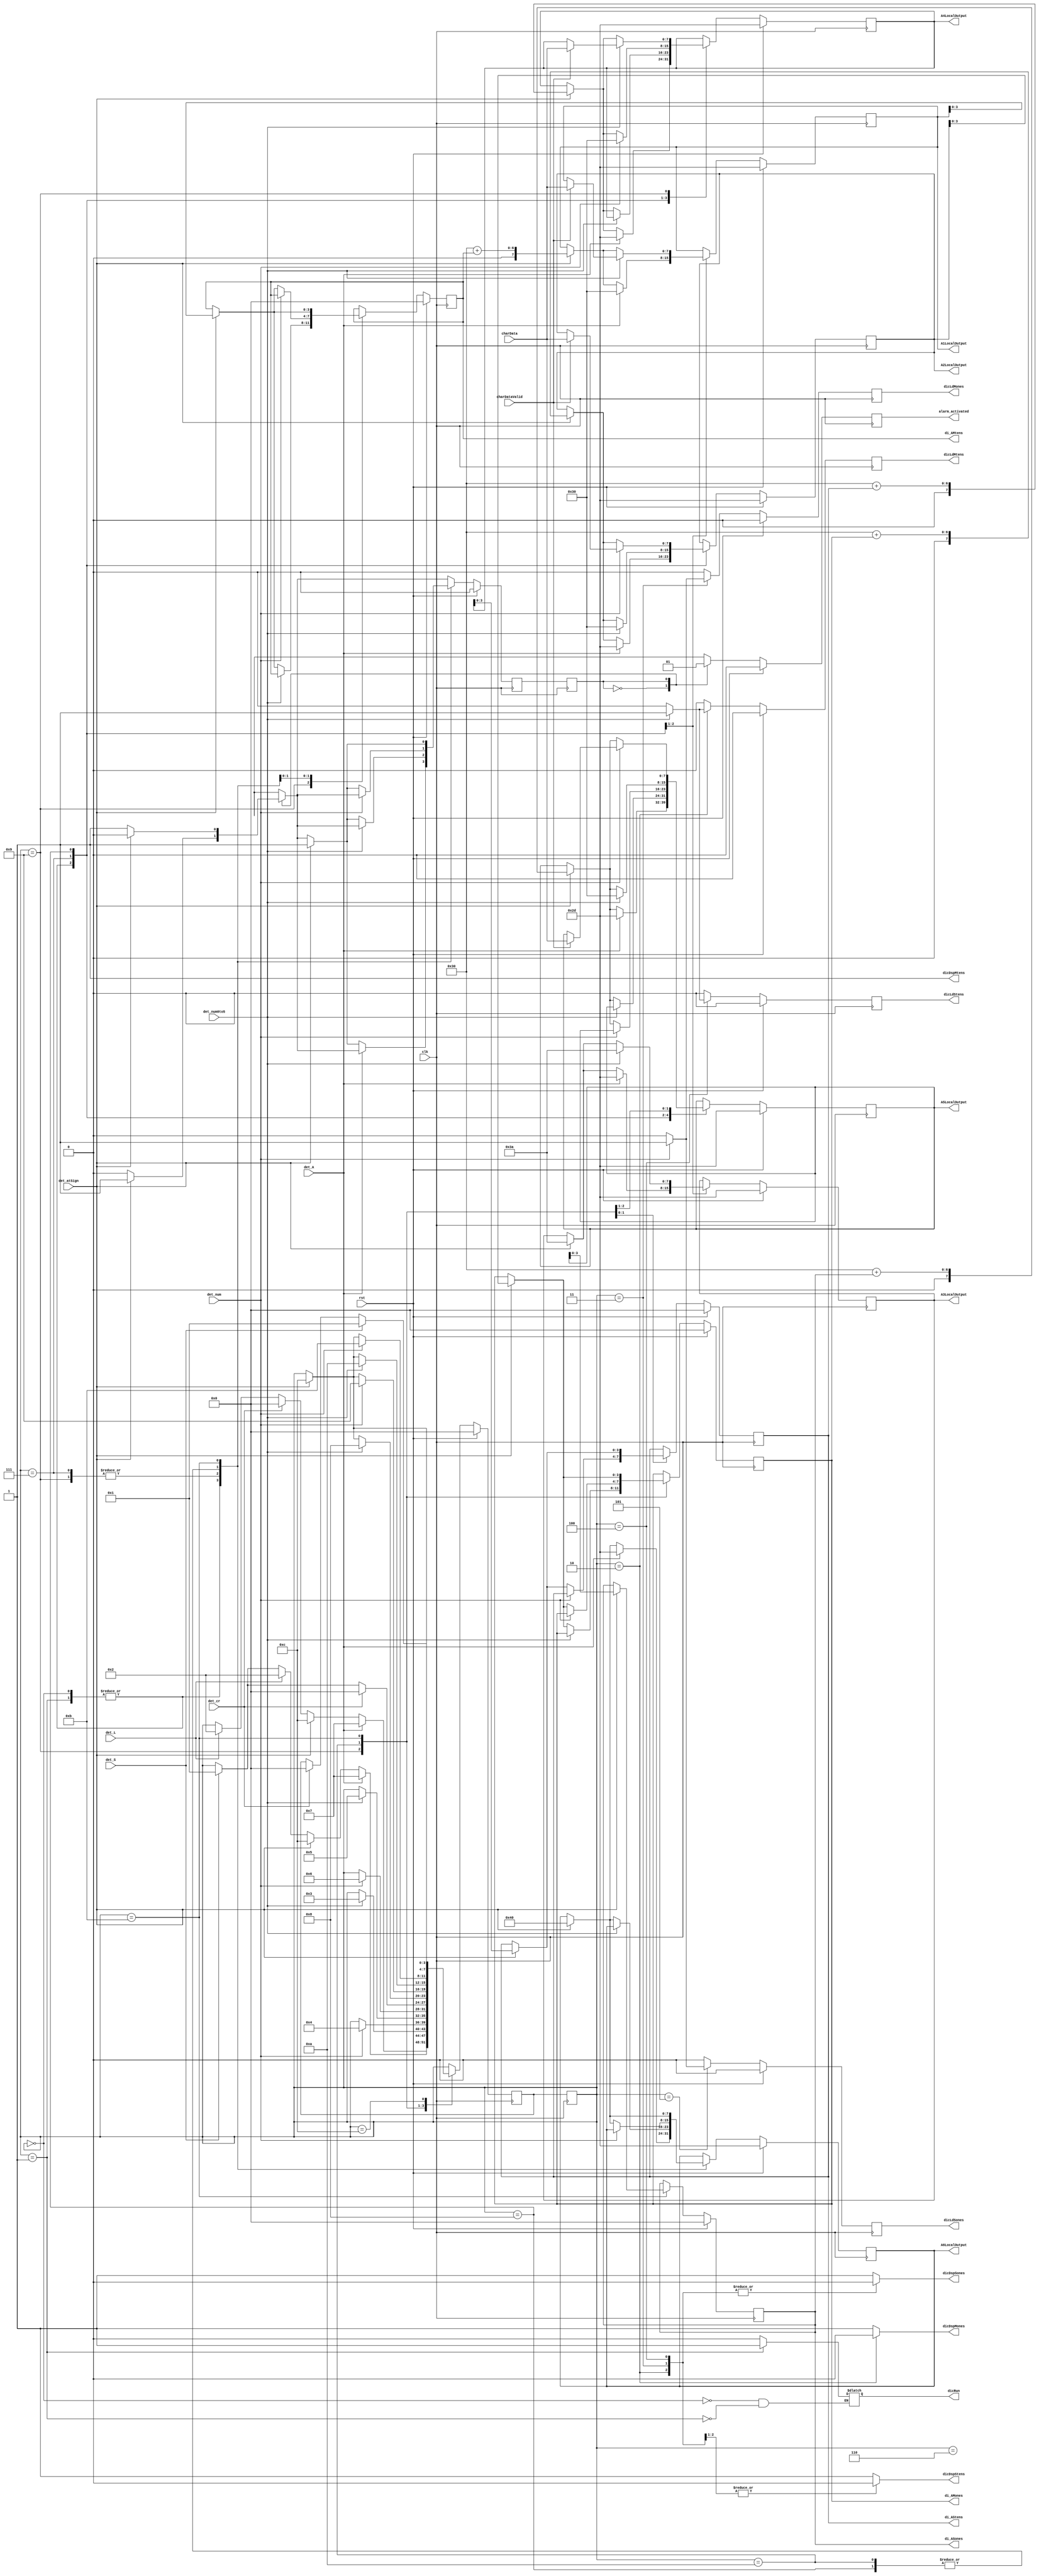
// --------------------------------------------------------------------
// >>>>>>>>>>>>>>>>>>>>>>>>> COPYRIGHT NOTICE <<<<<<<<<<<<<<<<<<<<<<<<<
// --------------------------------------------------------------------
// Copyright (c) 2019 by UCSD CSE 140L
// --------------------------------------------------------------------
//
// Permission:
//
//   This code for use in UCSD CSE 140L.
//   It is synthesisable for Lattice iCEstick 40HX.  
//
// Disclaimer:
//
//   This Verilog source code is intended as a design reference
//   which illustrates how these types of functions can be implemented.
//   It is the user's responsibility to verify their design for
//   consistency and functionality through the use of formal
//   verification methods.  
//
// -------------------------------------------------------------------- //           
//                     Lih-Feng Tsaur
//                     Bryan Chin
//                     UCSD CSE Department
//                     9500 Gilman Dr, La Jolla, CA 92093
//                     U.S.A
//
// --------------------------------------------------------------------
//
//Finite State Machine of Control Path
// using 3 always 
module dicClockFsm (
		output reg dicRun,     // clock is running
		output reg dicDspMtens,
		output reg dicDspMones,
		output reg dicDspStens,
		output reg dicDspSones,
        	output reg   dicLdMtens,
        	output reg   dicLdMones,
        	output reg   dicLdStens,
        	output reg   dicLdSones,
		output reg   [3:0] di_AMtens, // Actual value of current alarm
		output reg   [3:0] di_AMones, // ^
		output reg   [3:0] di_AStens, // ^
		output reg   [3:0] di_ASones, // ^
		output reg [7:0] A1LocalOutput,  // Current ASCII value being
		output reg [7:0] A2LocalOutput,  // displayed for alarm
		output reg [7:0] A3LocalOutput,  // (Could be different than
		output reg [7:0] A4LocalOutput,  // actual alarm if alarm
		output reg [7:0] A5LocalOutput,  // is not active)
		output reg [7:0] A6LocalOutput,  // ^
		output reg alarm_activated, // @ sign on / alarm active
        	input      det_cr,
        	input      det_S,      // S/s detected
        	input      det_A,
        	input      det_L,
		input      det_num,
		input	   det_num0to5,
		input	   det_atSign,
		input      rst,
		input      clk,
                input      [7:0] charData,
		input	   charDataValid
    );

    // First FSM (clock state)
    reg [3:0] cState = 4'h0;
    reg [3:0] nState = 4'h0;

    // Second FSM (alarm state)	 
    reg cAlarm = 1'b0;
    reg nAlarm = 1'b0;
	 
    localparam
	
	// Alarm activate states (DEACTIVATE AND ACTIVE
	// on Lecture Slides)
	ALARM_OFF_STATE = 1'b0,
	ALARM_ON_STATE = 1'b1,

	// Main clock STOP/RUN states
    	STOP = 4'h0, 
    	RUN = 4'h1, 
	// Time set states (LOAD_TIME in Lecture Slides)
	T1  = 4'h2,
	T2  = 4'h3,
	T3  = 4'h4,
	T4  = 4'h5,
	T5  = 4'h6,
	// Alarm set states (LOAD_ALARM in Lecture Slides)
	A1 = 4'h7,
	A2 = 4'h8,
	A3 = 4'h9,
	A4 = 4'hA,
	A5 = 4'hB,
	A6 = 4'hC;
	 
    // Transition between states
    // Certain Mealy-like outputs
    always @(negedge clk) begin 
	// Reset Load signals on each clock cycle
	dicLdMtens = 0;
	dicLdMones = 0;
	dicLdStens = 0;
	dicLdSones = 0;
	
	if (rst) begin
	        // Reset all values on esc/rst
		// No matter what state 
		nState = STOP;
		alarm_activated = 0;
		nAlarm = ALARM_OFF_STATE;
		di_AMtens = 4'd0;
	        di_AMones = 4'd0;
		di_AStens = 4'd0;
		di_ASones = 4'd0;
		A1LocalOutput = "-"; 
		A2LocalOutput = "-";
		A3LocalOutput = "-";
		A4LocalOutput = "-";
		A5LocalOutput = "-";
		A6LocalOutput = "-";
		end 
	else begin
		// Transitions for Alarm FSM (2 States)
		case(cAlarm)
			ALARM_OFF_STATE : begin		
				// Turn alarm off
				alarm_activated = 0;	
				
				// Switch alarm on @
				if(det_atSign) begin
					nAlarm = ALARM_ON_STATE;
					end
				else begin
					nAlarm = ALARM_OFF_STATE;	
				     end	
			end
			ALARM_ON_STATE : begin			
				// Switch alarm on @
				if(det_atSign) begin
					nAlarm = ALARM_OFF_STATE;
					end
				else begin
					nAlarm = ALARM_ON_STATE;
				        end
				// Turn alarm on
				alarm_activated = 1;
			end
		endcase
		case(cState)
			RUN : begin 
				if(det_A) begin
					nState = A1;
					// Set alarm display for new alarm
					A1LocalOutput = "0";
					A2LocalOutput = "-";
					A3LocalOutput = "-";
					A4LocalOutput = "-";
					A5LocalOutput = "-";
					A6LocalOutput = "-";
					end 
				else if(det_atSign) begin
					nAlarm = ALARM_ON_STATE;
					nState = A6;
					// display current alarm val (00:00 by def)
					A1LocalOutput = "0" + di_AMtens;
					A2LocalOutput = "0" + di_AMones;
					A3LocalOutput = ":";
					A4LocalOutput = "0" + di_AStens;
					A5LocalOutput = "0" + di_ASones;
					A6LocalOutput = "@";
				end
				else if(det_cr) begin
					// Stop alarm
					nState = STOP;
					end
				else if(det_L)  begin
					// Goto load time
					nState = T1;
					end
				else begin
					// Maintain state
					nState = cState;
					end
			end
			STOP : begin
				if(det_A) begin
					nState = A1;
					// Set alarm display for new alarm
					A1LocalOutput = "0";
					A2LocalOutput = "-";
					A3LocalOutput = "-";
					A4LocalOutput = "-";
					A5LocalOutput = "-";
					A6LocalOutput = "-";
				end 
				else if(det_atSign) begin
					// Set display to current alarm vals
					A1LocalOutput = "0" + di_AMtens;
					A2LocalOutput = "0" + di_AMones;
					A3LocalOutput = ":";
					A4LocalOutput = "0" + di_AStens;
					A5LocalOutput = "0" + di_ASones;
					A6LocalOutput = "@";
					nAlarm = ALARM_ON_STATE;
					nState = A6;
					end
				else if(det_L) begin
					// Goto load time
					nState = T1;
					end
				else if(det_S) begin
					// Start clock on S
					nState = RUN;
					end
				else begin
					// Maintain state
					nState = cState;
					end
			end
			
			T1 : begin 
				if(det_num0to5) begin 
					// Move to T2 and load for 1 clock cycle
					// if we get 0-5
					nState = T2;
					dicLdMtens = 1;
					end
				else begin
					// Maintain state
					nState = cState; 
					end
			end
			T2 : begin 
				if(det_num) begin
					// Move to T3 and load for 1 cycle on num
					nState = T3;
					dicLdMones = 1;
					end
				else begin
					// Maintain state
					nState = cState;
					end 
			end
			T3 : begin	
				if(det_num0to5) begin
					// Move to T4 and load for 1 cycle on 
					// 0-5
					dicLdStens = 1;
					nState = T4;
					end
				else begin
					// Maintain state
					nState = cState; 
					end
			end
			T4 : begin
				if(det_num) begin
					// Move to T5 and load for one cycle on num
					nState = T5;
					dicLdSones = 1;
					end
				else begin
					// Maintain state
					nState = cState;
					end 
			end
			T5 : begin		
				// Wait for enter or s to resume/stop	
				if(det_cr) begin
					nState = STOP;
					end
				else if(det_S) begin
					nState = RUN;
					end
				else begin
					// Wait/Maintain state
					nState = cState;
					end
			end
			
			A1 : begin
				if(det_num0to5) begin
					// Load first alarm val, set next to 0, set colon
					A2LocalOutput = "0";
					A3LocalOutput = ":";
					nState = A2;
					if (charDataValid) begin
						A1LocalOutput = charData;
						end
					end 
				else if(det_atSign) begin
					// Set alarm with current vals (none set yet)
					nAlarm = ALARM_ON_STATE;
					nState = A6;
					A1LocalOutput = "0" + di_AMtens;
					A2LocalOutput = "0" + di_AMones;
					A3LocalOutput = ":";
					A4LocalOutput = "0" + di_AStens;
					A5LocalOutput = "0" + di_ASones;
					A6LocalOutput = "@";
					end
				else begin
					// Maintain state
					nState = cState; 
					end
			end
			A2 : begin
				if(det_num) begin
					// Load second alarm val, set next (after colon) to 0
					nState = A3;
					if(charDataValid) begin
						A2LocalOutput = charData;
						end
					A4LocalOutput = "0";
					end 
				else if(det_atSign) begin
					// Set alarm with current vals (old + new Mtens)
					nAlarm = ALARM_ON_STATE;
					nState = A6;
					di_AMtens = A1LocalOutput[3:0];
					A2LocalOutput = "0" + di_AMones;
					A4LocalOutput = "0" + di_AStens;
					A5LocalOutput = "0" + di_ASones;
					A6LocalOutput = "@";
					end
				else begin
					// Maintain state
					nState = cState; 
					end
			end
			A3 : begin
				if(det_num0to5) begin
					// Load Stens val, set next to 00
					nState = A4;
					if(charDataValid) begin
						A4LocalOutput = charData;
						end
					A5LocalOutput = "0";
				end else if(det_atSign) begin
					// Set alarm with current vals (first 2 new)
					nAlarm = ALARM_ON_STATE;
					nState = A6;
					di_AMtens = A1LocalOutput[3:0];
					di_AMones = A2LocalOutput[3:0];
					A4LocalOutput = "0" + di_AStens;
					A5LocalOutput = "0" + di_ASones;
					A6LocalOutput = "@";
					end	
				else begin
					// Maintain state
					nState = cState; 
					end
			end
			A4 : begin
				if(det_num) begin
					// Set last alarm val
					nState = A5;
					if(charDataValid) begin
						A5LocalOutput = charData;
						end
					end 
				else if(det_atSign) begin
					// Set alarm with current vals (only Sones is old val)
					nAlarm = ALARM_ON_STATE;
					nState = A6;
					di_AMtens = A1LocalOutput[3:0];
					di_AMones = A2LocalOutput[3:0];
					di_AStens = A4LocalOutput[3:0];
					A5LocalOutput = "0" + di_ASones;
					A6LocalOutput = "@";
					end	
				else begin
					// Maintain state
					nState = cState;
				end 
			end
			A5 : begin	
				if(det_atSign) begin
					// Set alarm (FULLY SET)
					nAlarm = ALARM_ON_STATE;
					nState = A6;
					di_AMtens = A1LocalOutput[3:0];
					di_AMones = A2LocalOutput[3:0];
					di_AStens = A4LocalOutput[3:0];
					di_ASones = A5LocalOutput[3:0];
					A6LocalOutput = "@";
					end	
				else begin
					// Otherwise, wait/maintain state
					nState = cState; 
					end
			end
			A6 : begin	
				// Alarm just set state. Wait for stop or run signal
				if(det_S) begin
					nState = RUN;
					end
				else if(det_cr) begin
					nState = STOP;
					end
				end
			// Default should never run, but maintains state
			// just in case
			default : begin 
				nState = cState;
			end
		endcase
		end
	end

	// Set Moore-like output (display signals)
	// Based on current state
	// Reduntant assigments of signals for 
	// Stable signals (fixed half-blinking)
	always @(*) begin
		case (cState)
	        	STOP : begin
				// Not running, displaying all digits
				dicRun = 0;
				dicDspMtens = 1; 
				dicDspMones = 1; 
				dicDspStens = 1; 
				dicDspSones = 1;
	        		end
	        	RUN : begin
				// Running, dislaying all digits
				dicRun = 1;
				dicDspMtens = 1; 
				dicDspMones = 1; 
				dicDspStens = 1; 
				dicDspSones = 1;
	        		end
			T1 : begin
				// Maintain dic run, only show digit loading
				dicRun = dicRun;
				dicDspMtens = 1; 
				dicDspMones = 0; 
				dicDspStens = 0; 
				dicDspSones = 0;
			  	end
			T2 : begin
				// Maintain dic run, show 2 loading digits
				dicRun = dicRun;
				dicDspMtens = 1; 
				dicDspMones = 1; 
				dicDspStens = 0; 
				dicDspSones = 0;
			  	end
			T3 : begin
				// Maintain dic run, show 3 loading digits
				dicRun = dicRun;
				dicDspMtens = 1; 
				dicDspMones = 1; 
				dicDspStens = 1; 
				dicDspSones = 0;
			  	end
			T4 : begin
				// Maintain dic run, show all digits (last load)
				dicRun = dicRun;
				dicDspMtens = 1; 
				dicDspMones = 1; 
				dicDspStens = 1; 
				dicDspSones = 1;
			  	end
			T5 : begin
				// Last load (show all digits) / maintain dic run
				dicRun = dicRun;
				dicDspMtens = 1; 
				dicDspMones = 1; 
				dicDspStens = 1; 
				dicDspSones = 1;
			  	end
			default: begin
				// In alarm states, maintain run state and display all
			        dicRun = dicRun;
				dicDspMtens = 1;
				dicDspMones = 1;
				dicDspStens = 1;
				dicDspSones = 1;
			        end
        endcase
   end

   // Update both FSMs each clk cycle
   always @(posedge clk) begin
      	cState <= nState;
	cAlarm <= nAlarm;
   end

endmodule